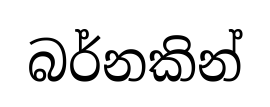
බර්නකින්